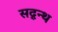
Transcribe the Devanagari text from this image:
सद्ग्रन्थ